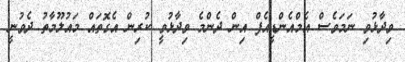
ވިދާޅުވި ނަމަވެސް އެމްއެންޑީއެފް އިން ދެންމެ ވިދާޅުވީ ކުރިން އެގޮތައް މައުލޫމާތު ދެވުނީ